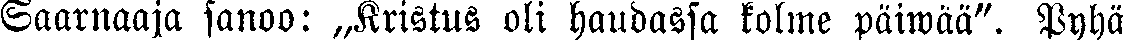
Saarnaaja sanoo: „Kristus oli haudassa kolme päiwää". Pyhä